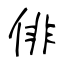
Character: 俳